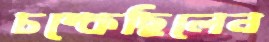
চম্‌কেছিলেন